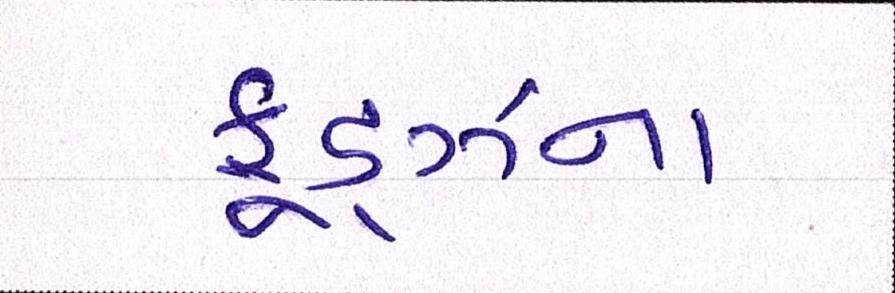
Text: ફૂડ્ઝના